Scottish Leaving Certificate Examination, 1952
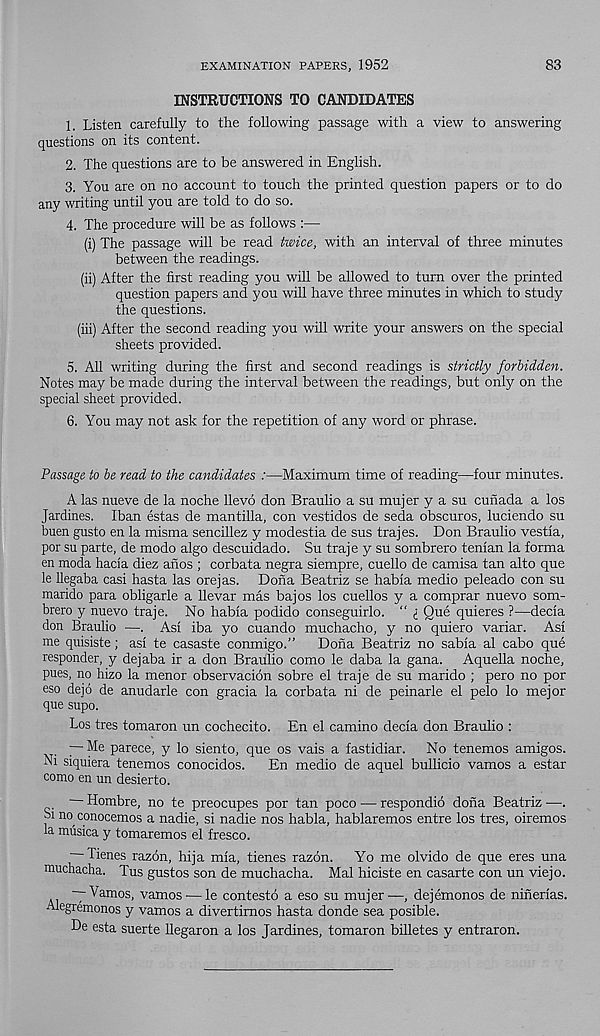
EXAMINATION PAPERS, 1952
83
INSTRUCTIONS TO CANDIDATES
1. Listen carefully to the following passage with a view to answering
questions on its content.
2. The questions are to be answered in English.
3. You are on no account to touch the printed question papers or to do
any writing until you are told to do so.
4. The procedure will be as follows :—
(i) The passage will be read twice, with an interval of three minutes
between the readings.
(ii) After the first reading you will be allowed to turn over the printed
question papers and you will have three minutes in which to study
the questions.
(iii) After the second reading you will write your answers on the special
sheets provided.
5. All writing during the first and second readings is strictly forbidden.
Notes may be made during the interval between the readings, but only on the
special sheet provided.
6. You may not ask for the repetition of any word or phrase.
Passage to be read to the candidates :—Maximum time of reading—four minutes.
A las nueve de la noche llevo don Braulio a su mujer y a su cunada a los
Jardines. Iban estas de mantilla, con vestidos de seda obscuros, luciendo su
buen gusto en la misma sencillez y modestia de sus trajes. Don Braulio vestia,
por su parte, de modo algo descuidado. Su traje y su sombrero tenian la forma
en moda hacia diez anos ; corbata negra siempre, cuello de camisa tan alto que
le llegaba casi hasta las orejas. Dona Beatriz se habfa medio peleado con su
marido para obligarle a llevar mas bajos los cuellos y a comprar nuevo som-
brero y nuevo traje. No habia podido conseguirlo. “ i Que quieres ?—decia
don Braulio —. Asi iba yo cuando muchacho, y no quiero variar. Asi
me quisiste; asi te casaste conmigo.” Dona Beatriz no sabia al cabo que
responder, y dejaba ir a don Braulio como le daba la gana. Aquella noche,
pues, no hizo la menor observacion sobre el traje de su marido ; pero no por
eso dejo de anudarle con gracia la corbata ni de peinarle el pelo lo mejor
que supo.
Los tres tomaron un cochecito. En el camino decia don Braulio :
— Me parece, y lo siento, que os vais a fastidiar. No tenemos amigos.
Ni siquiera tenemos conocidos. En medio de aquel bullicio vamos a estar
como en un desierto.
— Hombre, no te preocupes por tan poco — respondio dona Beatriz —.
bi no conocemos a nadie, si nadie nos habia, hablaremos entre los tres, oiremos
la musica y tomaremos el fresco.
Tienes razon, hija mia, tienes razon. Yo me olvido de que eres una
muchacha. Tus gustos son de muchacha. Mai hiciste en casarte con un viejo.
— Vamos, vamos •—le contesto a eso su mujer—, dejemonos de ninerias.
Alegremonos y vamos a divertimos hasta donde sea posible.
De esta suerte llegaron a los Jardines, tomaron billetes y entraron.